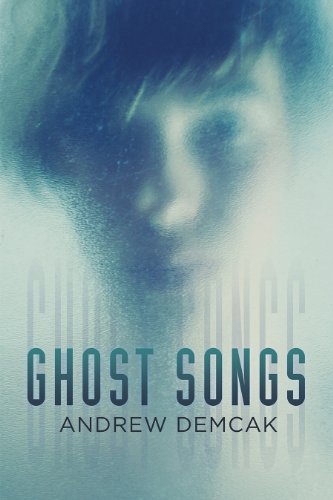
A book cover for Ghost Songs; Andrew Demcak; Teen & Young Adult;